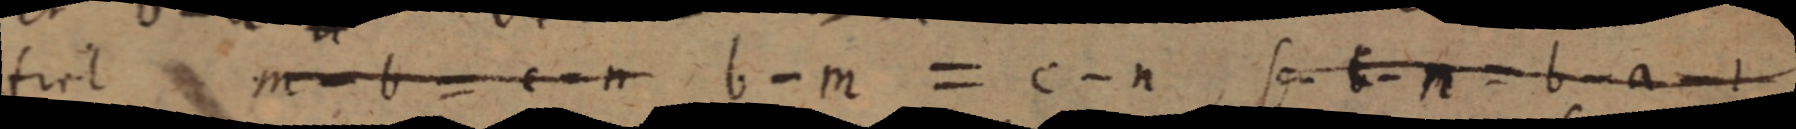
ferit m - b = c - n b - m = c - n seu c - n = b - a - l